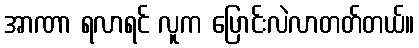
အာဏာ ရလာရင် လူက ပြောင်းလဲလာတတ်တယ်။